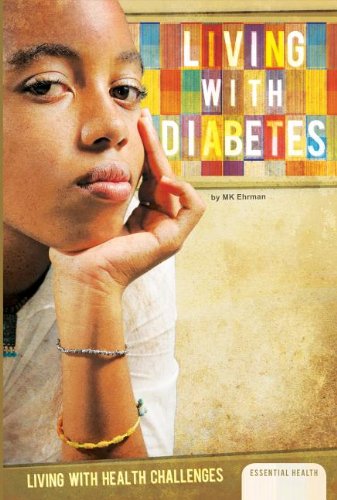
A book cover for Living with Diabetes (Living With Health Challenges); M. K. Ehrman; Teen & Young Adult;